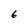
Character: 6